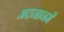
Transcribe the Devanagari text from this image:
अदनानमें